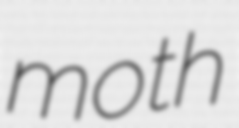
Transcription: moth